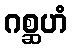
ဂစ္ဆဟံ